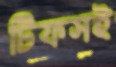
টিফসই